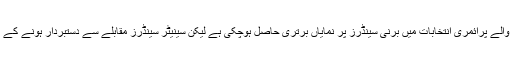
گو کہ ہیلری کلنٹن کو اب تک ہونے والے پرائمری انتخابات میں برنی سینڈرز پر نمایاں برتری حاصل ہوچکی ہے لیکن سینیٹر سینڈرز مقابلے سے دستبردار ہونے کے امکان کو یکسر مسترد کرچکے ہیں۔